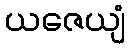
ယဇေယျံ